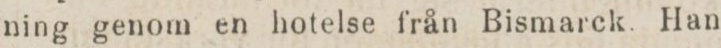
ning genom en hotelse från Bismarck. Han